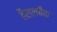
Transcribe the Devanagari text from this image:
हैसलबैंक